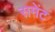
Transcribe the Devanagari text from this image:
समेंट